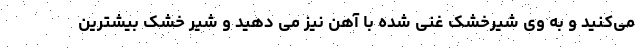
می‌کنید و به وی شیرخشک غنی شده با آهن نیز می دهید و شیر خشک بیشترین